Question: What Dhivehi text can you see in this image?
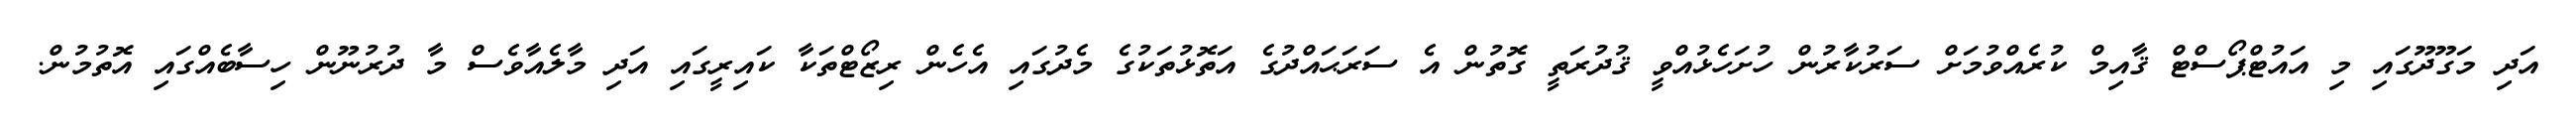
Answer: އަދި މަގޫދޫގައި މި އައުޓްޕޯސްޓް ޤާއިމް ކުރެއްވުމަށް ސަރުކާރުން ހުށަހެޅުއްވީ ޤުދުރަތީ ގޮތުން އެ ސަރަޙައްދުގެ އަތޮޅުތަކުގެ މެދުގައި އެހެން ރިޒޯޓްތަކާ ކައިރީގައި އަދި މާލެއާވެސް މާ ދުރުނޫން ހިސާބެއްގައި އޮތުމުން.